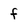
Character: f